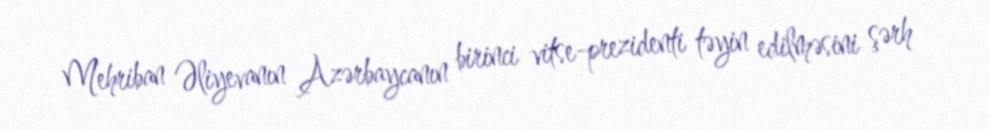
Mehriban Əliyevanın Azərbaycanın birinci vitse-prezidenti təyin edilməsini şərh